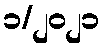
၁/၂၀၂၁